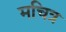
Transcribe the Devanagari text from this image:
मचित्र